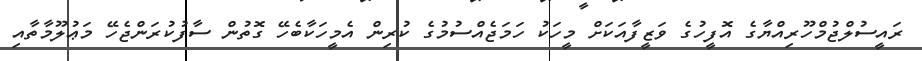
ރައީސުލްޖުމްހޫރިއްޔާގެ އޮފީހުގެ ވަޒީފާއަކަށް މީހަކު ހަމަޖެއްސުމުގެ ކުރިން އެމީހަކާބެހޭ ގޮތުން ސާފުކުރަންޖެހޭ މަޢުލޫމާތާއި